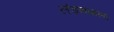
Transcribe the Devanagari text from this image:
लंडनवाला